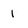
Character: 1